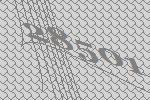
28501